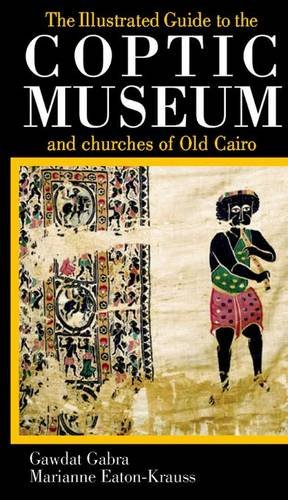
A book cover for The Illustrated Guide to the Coptic Museum and Churches of Old Cairo; Gawdat Gabra; Travel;